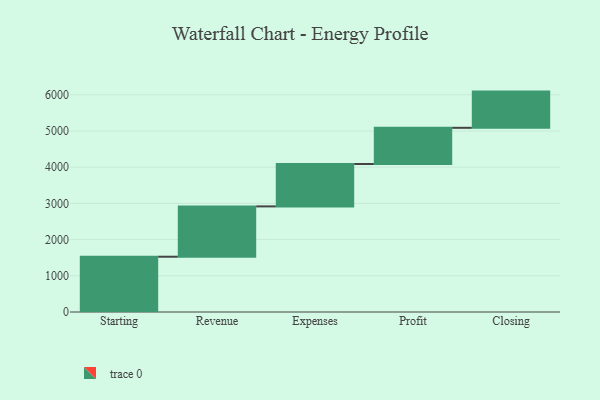
{"axis": {"x": "Step", "y": "Value"}, "legend": [""], "data": [{"x": "Starting", "y": 1527.0, "type": ""}, {"x": "Revenue", "y": 1390.0, "type": ""}, {"x": "Expenses", "y": 1171.0, "type": ""}, {"x": "Profit", "y": 1000, "type": ""}, {"x": "Closing", "y": 1000, "type": ""}]}